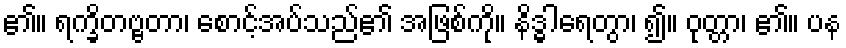
၏။ ရက္ခိတဗ္ဗတာ၊ စောင့်အပ်သည်၏ အဖြစ်ကို။ နိဒ္ဓါရေတွာ၊ ၍။ ဝုတ္တာ၊ ၏။ ပန